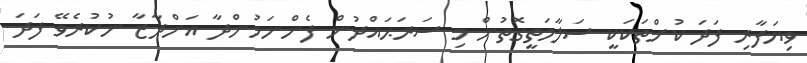
ވިޔަފާރި ފަދަ ކުށްތަކަކީ ސަލާމަތީގޮތުން މި ސަރަޙައްދުން ފެންނަމުންދާ އަންދާޒާ ނުކުރެވޭ ފަދަ